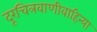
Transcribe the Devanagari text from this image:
दूरचित्रवाणीवाहिन्या